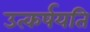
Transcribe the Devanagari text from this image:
उत्कर्षयति